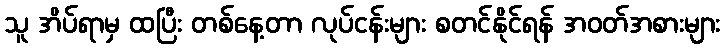
သူ အိပ်ရာမှ ထပြီး တစ်နေ့တာ လုပ်ငန်းများ စတင်နိုင်ရန် အဝတ်အစားများ